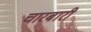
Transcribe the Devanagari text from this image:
चारबारी